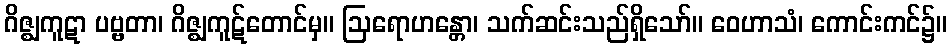
ဂိဇ္ဈကူဋာ ပဗ္ဗတာ၊ ဂိဇ္ဈကူဋ်တောင်မှ။ ဩရောဟန္တော၊ သက်ဆင်းသည်ရှိသော်။ ဝေဟာသံ၊ ကောင်းကင်၌။